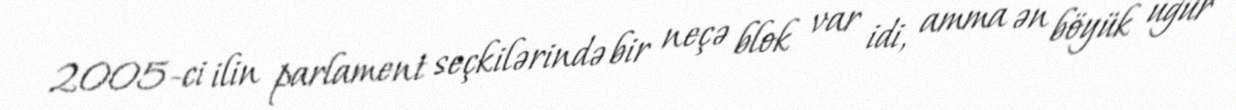
2005-ci ilin parlament seçkilərində bir neçə blok var idi, amma ən böyük uğur